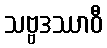
သဗ္ဗဒဿာဝီ